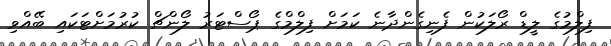
ފިލްމުގެ ލީޑް ރޯލަކުން ފެނިގެންދާނެ ކަމަށް ފިލްމްގެ ޕޯސްޓަރު ލޯންޗް ކުރުމަށްޓަކައި ބޭއްވި